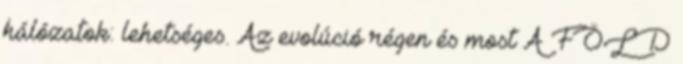
hálózatok: lehetséges. Az evolúció régen és most A FÖLD